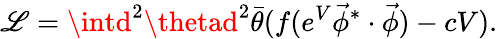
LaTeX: {\cal\mathscr{L}}=\intd^{2}\thetad^{2}\bar{{\theta}}(f(e^{V}\vec{{\phi}}^{*}\cdot\vec{{\phi}})-cV).